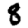
Digit: 8